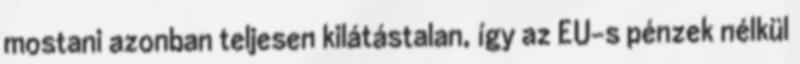
mostani azonban teljesen kilátástalan, így az EU-s pénzek nélkül